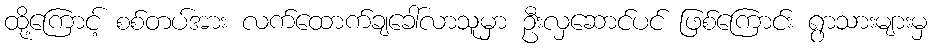
ထို့ကြောင့် စစ်တပ်အား လက်ထောက်ချခေါ်လာသူမှာ ဦးလှဆောင်ပင် ဖြစ်ကြောင်း ရွာသားများမှ